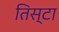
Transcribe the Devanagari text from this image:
तिस्टा